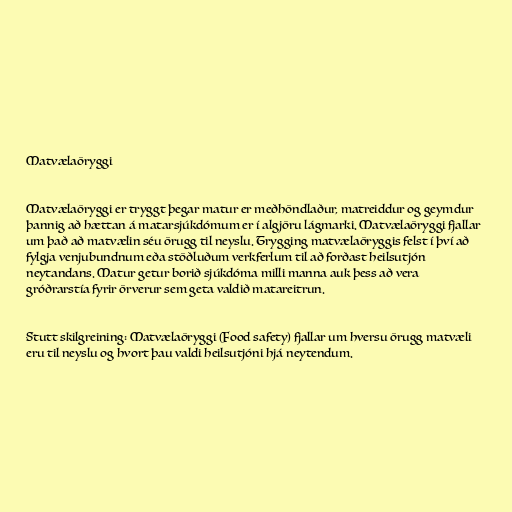
Matvælaöryggi

Matvælaöryggi er tryggt þegar matur er meðhöndlaður, matreiddur og geymdur
þannig að hættan á matarsjúkdómum er í algjöru lágmarki. Matvælaöryggi fjallar
um það að matvælin séu örugg til neyslu. Trygging matvælaöryggis felst í því að
fylgja venjubundnum eða stöðluðum verkferlum til að forðast heilsutjón
neytandans. Matur getur borið sjúkdóma milli manna auk þess að vera
gróðrarstía fyrir örverur sem geta valdið matareitrun.

Stutt skilgreining: Matvælaöryggi (Food safety) fjallar um hversu örugg matvæli
eru til neyslu og hvort þau valdi heilsutjóni hjá neytendum.